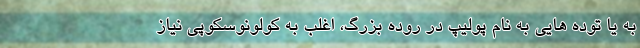
به یا توده هایی به نام پولیپ در روده بزرگ، اغلب به کولونوسکوپی نیاز